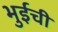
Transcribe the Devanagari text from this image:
भुईची